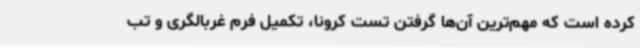
کرده است که مهم‌ترین آن‌ها گرفتن تست کرونا، تکمیل فرم غربالگری و تب